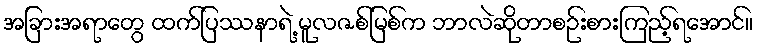
အခြားအရာတွေ ထက်ပြဿနာရဲ့ မူလဇစ်မြစ်က ဘာလဲဆိုတာစဉ်းစားကြည့်ရအောင်။